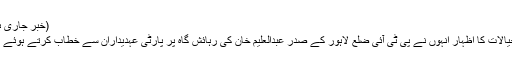
(خبر جاری ہے)
ان خیالات کا اظہار انہوں نے پی ٹی آئی ضلع لاہور کے صدر عبدالعلیم خان کی رہائش گاہ پر پارٹی عہدیداران سے خطاب کرتے ہوئے کیا ۔